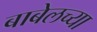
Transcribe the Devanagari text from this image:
बाबेलच्या